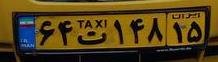
۶۴ت۱۴۸۱۵